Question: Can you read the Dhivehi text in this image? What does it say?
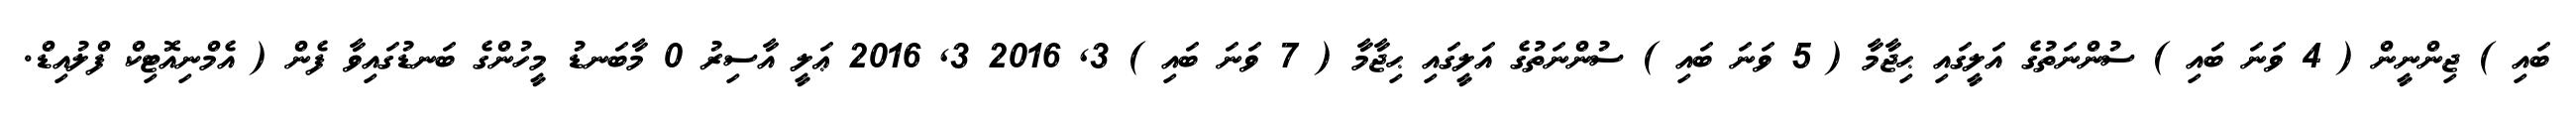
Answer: ބައި ) ޖިންނީން ( 4 ވަނަ ބައި ) ސުންނަތުގެ އަލީގައި ޙިޖާމާ ( 5 ވަނަ ބައި ) ސުންނަތުގެ އަލީގައި ޙިޖާމާ ( 7 ވަނަ ބައި ) 3, 2016 3, 2016 ޢަލީ އާސިރު 0 މާބަނޑު މީހުންގެ ބަނޑުގައިވާ ފެން ( އެމްނިއޮޓިކް ފްލުއިޑް.